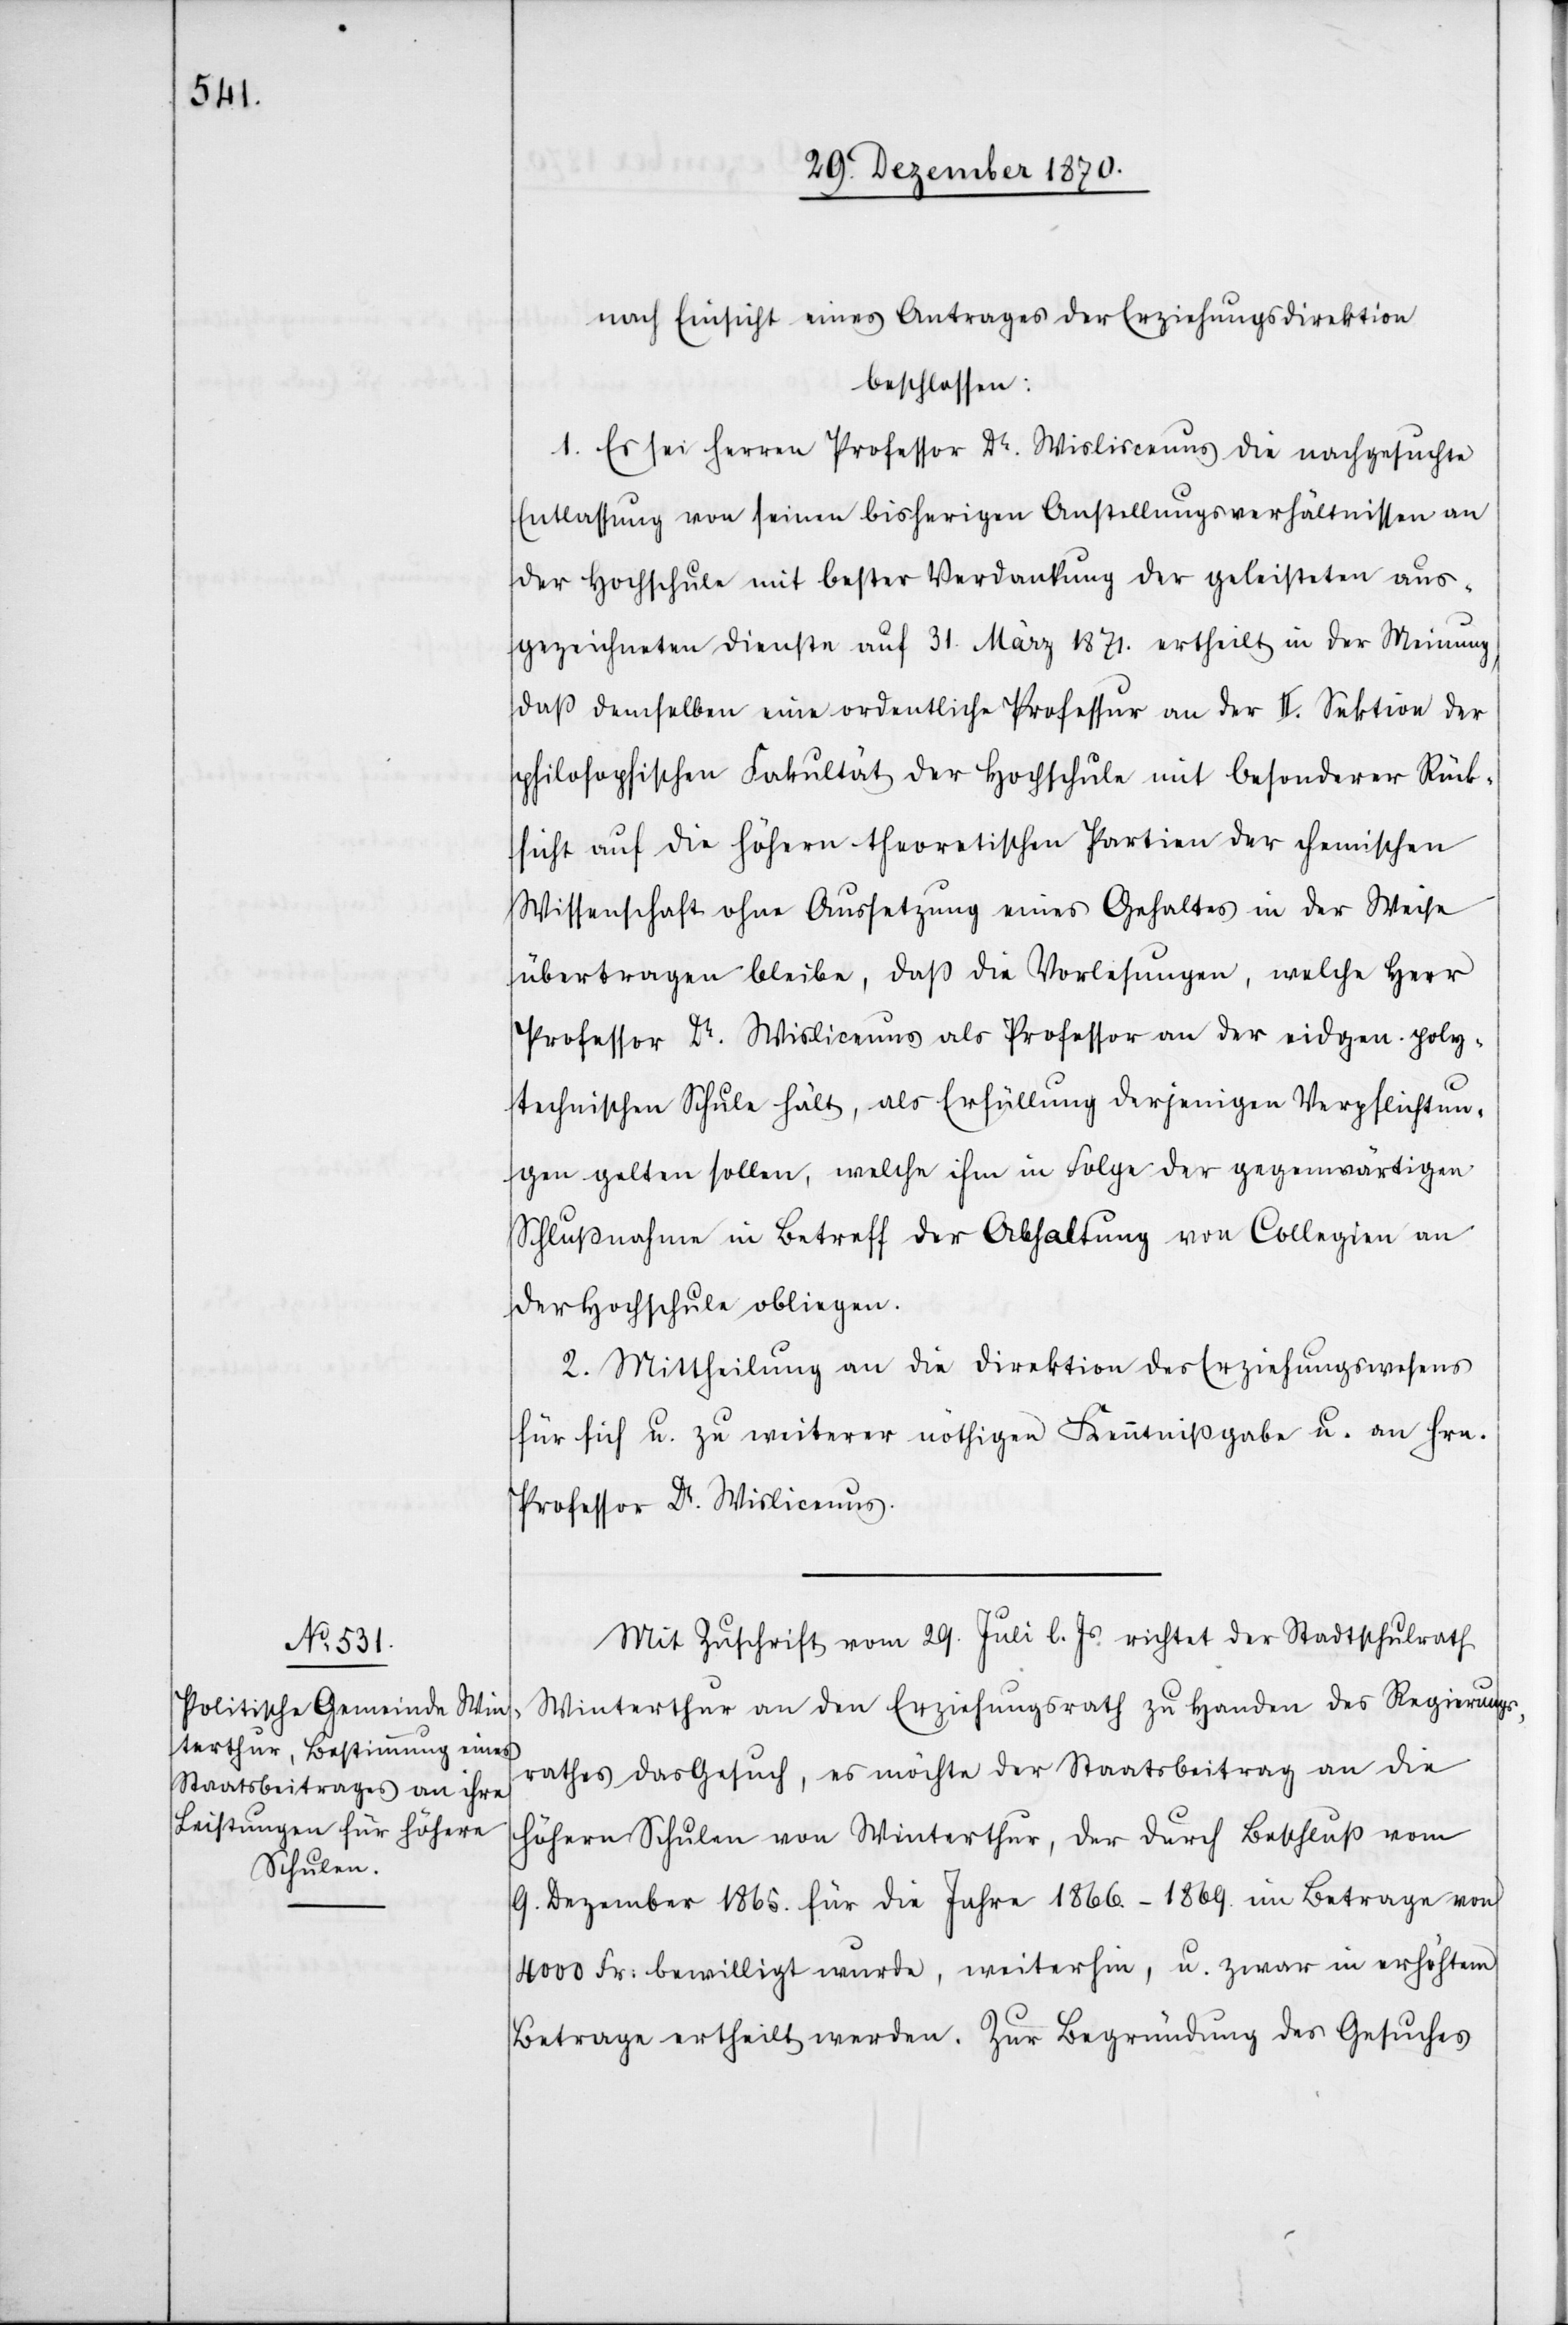
nach Einsicht eines Antrages der Erziehungsdirektion
beschlossen:
1. Es sei Herren Professor Dr. Wisliscenus die nachgesuchte
Entlassung von seinen bisherigen Anstellungsverhältnissen an
der Hochschule mit bester Verdankung der geleisteten aus¬
gezeichneten Dienste auf 31. März 1871. ertheilt in der Meinung,
daß demselben eine ordentliche Professur an der II. Sektion der
philosophischen Fakultät der Hochschule mit besonderer Rück¬
sicht auf die höhern theoretischen Partien der chemischen
Wissenschaft ohne Aussetzung eines Gehaltes in der Weise
übertragen bleibe, daß die Vorlesungen, welche Herr
Professor Dr. Wislicenus als Professor an der eidgen. poly¬
technischen Schule hält, als Erfüllung derjenigen Verpflichtun¬
gen gelten sollen, welche ihm in Folge der gegenwärtigen
Schlußnahme in Betreff der Abhaltung von Collegien an
der Hochschule obliegen.
2. Mittheilung an die Direktion des Erziehungswesens
für sich u. zu weiterer nöthigen Kenntnißgabe u. an Hrn.
Professor Dr. Wislicenus.
Mit Zuschrift vom 29. Juli l. Js. richtet der Stadtschulrath
Winterthur an den Erziehungsrath zu Handen des Regierungs¬
rathes das Gesuch, es möchte der Staatsbeitrag an die
höhern Schulen von Winterthur, der durch Beschluß vom
9. Dezember 1865. für die Jahre 1866.–1869. im Betrage von
4000 Fr: bewilligt wurde, weiterhin, u. zwar in erhöhtem
Betrage ertheilt werden. Zur Begründung des Gesuches